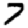
Digit: 7